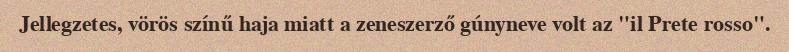
Jellegzetes, vörös színű haja miatt a zeneszerző gúnyneve volt az "il Prete rosso".